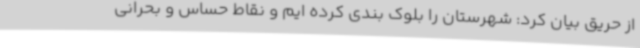
از حریق بیان کرد: شهرستان را بلوک بندی کرده ایم و نقاط حساس و بحرانی